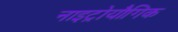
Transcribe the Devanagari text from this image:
नाइट्रोयौगिक